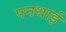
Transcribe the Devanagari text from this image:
पनथाई